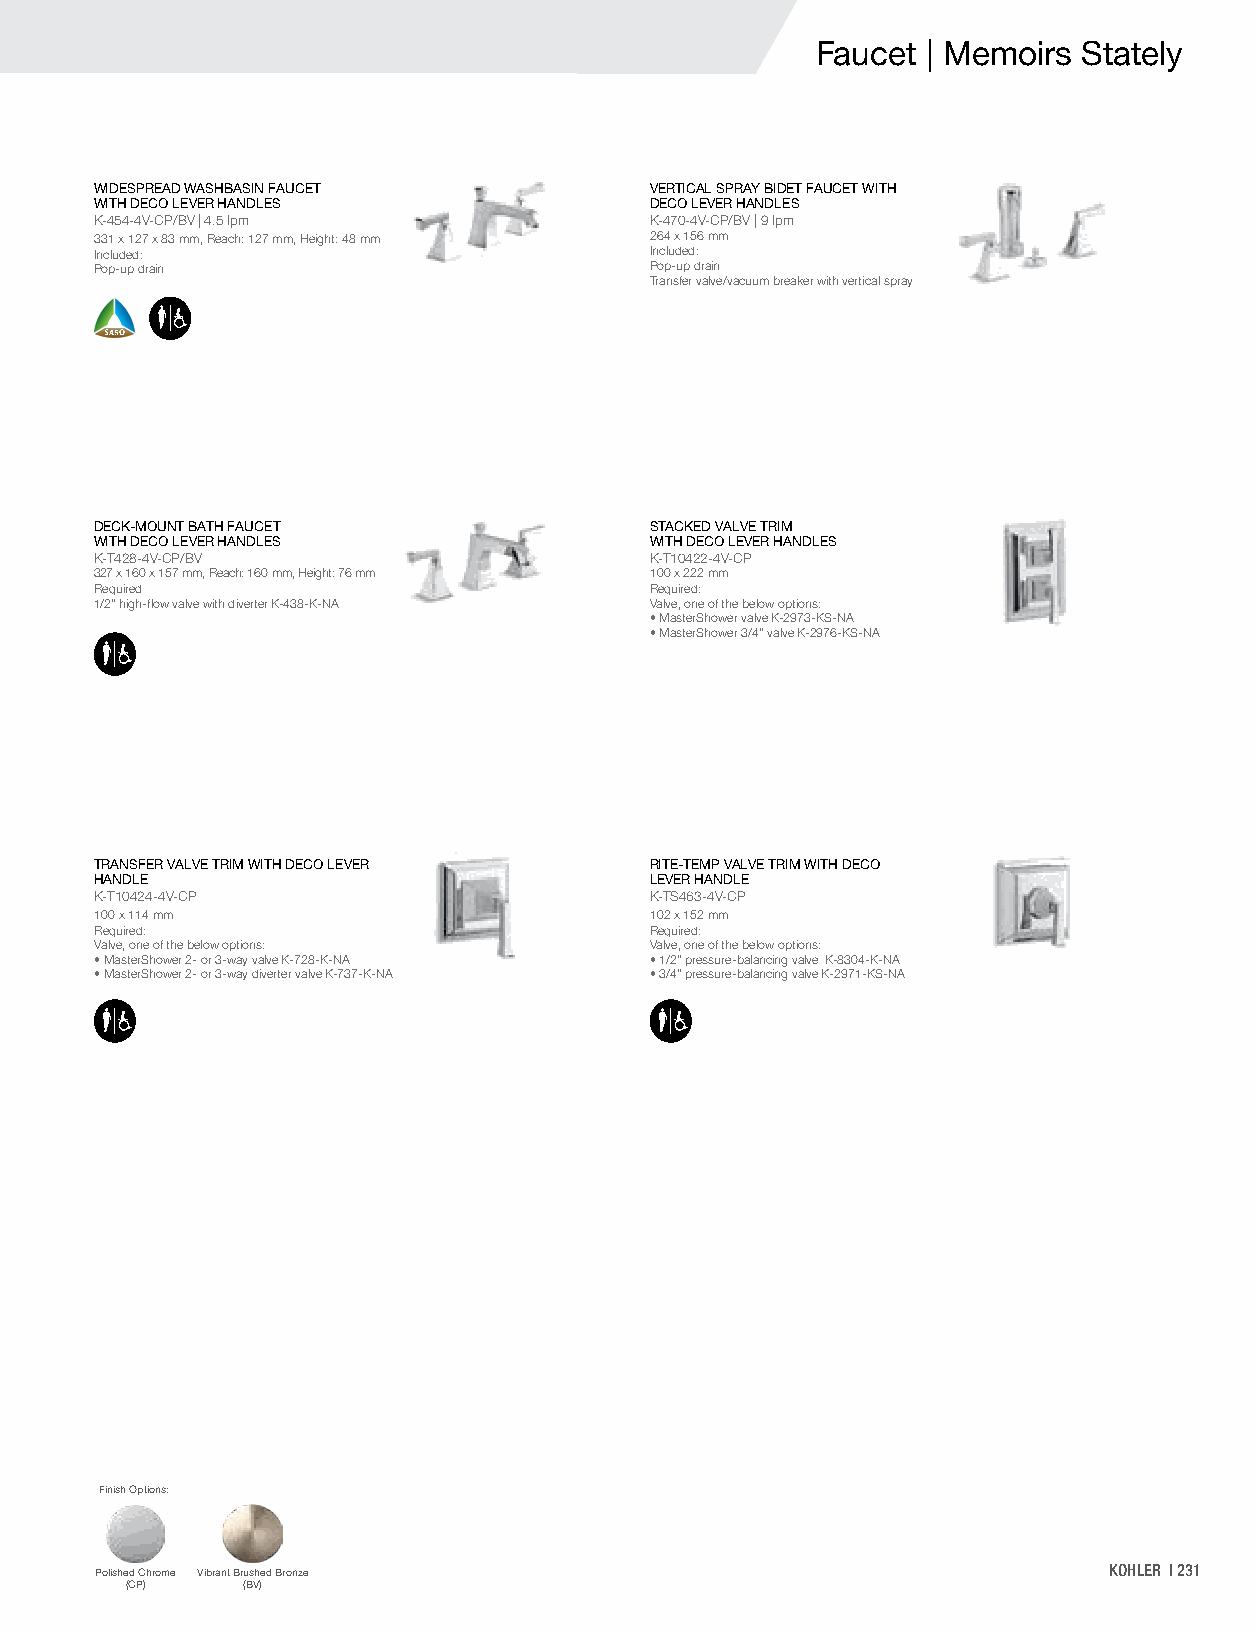
Faucet | Memoirs  Stately
 WIDESPREAD WASHBASIN FAUCET          VERTICAL SPRAY BIDET FAUCET WITH
 WITH DECO LEVER HANDLES              DECO LEVER HANDLES
 K-454-4V-CP/BV | 4.5 lpm             K-470-4V-CP/BV | 9 lpm
 331 x 127 x 83 mm, Reach: 127 mm, Height: 48 mm 264 x 156 mm
 Included:                            Included:
 Pop-up drain                         Pop-up drain
 Transfer valve/vacuum breaker with vertical spray
 DECK-MOUNT BATH FAUCET               STACKED VALVE TRIM
 WITH DECO LEVER HANDLES              WITH DECO LEVER HANDLES
 K-T428-4V-CP/BV                      K-T10422-4V-CP
 327 x 160 x 157 mm, Reach: 160 mm, Height: 76 mm 100 x 222 mm
 Required                             Required:
 1/2" high-flow valve with diverter K-438-K-NA Valve, one of the below options:
 • MasterShower valve K-2973-KS-NA
 • MasterShower 3/4" valve K-2976-KS-NA
 TRANSFER VALVE TRIM WITH DECO LEVER  RITE-TEMP VALVE TRIM WITH DECO
 HANDLE                               LEVER HANDLE
 K-T10424-4V-CP                       K-TS463-4V-CP
 100 x 114 mm                         102 x 152 mm
 Required:                            Required:
 Valve, one of the below options:     Valve, one of the below options:
 • MasterShower 2- or 3-way valve K-728-K-NA • 1/2" pressure-balancing valve K-8304-K-NA
 • MasterShower 2- or 3-way diverter valve K-737-K-NA • 3/4" pressure-balancing valve K-2971-KS-NA
 Finish Options:
 Polished Chrome Vibrant Brushed Bronze                             KOHLER | 231
 (CP)    (BV)